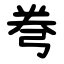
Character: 弮